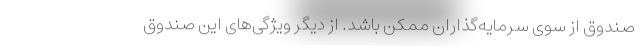
صندوق از سوی سرمایه‌گذاران ممکن باشد. از دیگر ویژگی‌های این صندوق